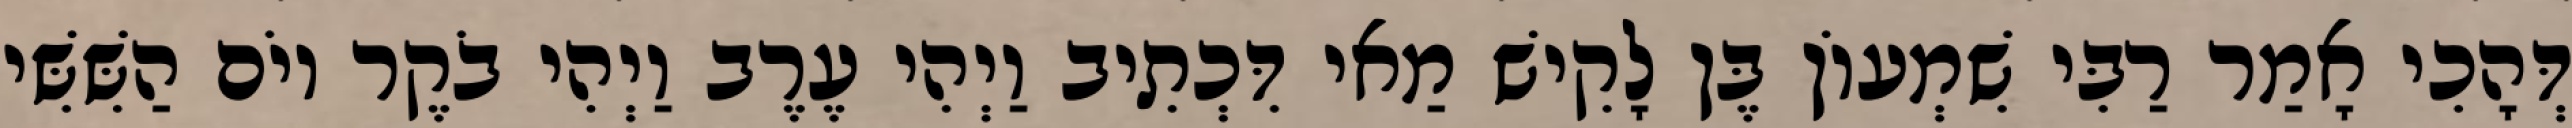
דְּהָכִי אָמַר רַבִּי שִׁמְעוֹן בֶּן לָקִישׁ מַאי דִּכְתִיב וַיְהִי עֶרֶב וַיְהִי בֹקֶר יוֹם הַשִּׁשִּׁי